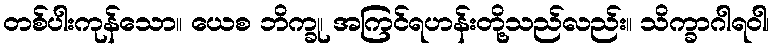
တစ်ပါးကုန်သော။ ယေစ ဘိက္ခု၊ အကြင်ရဟန်းတို့သည်လည်း။ သိက္ခာဂါရဝါ၊